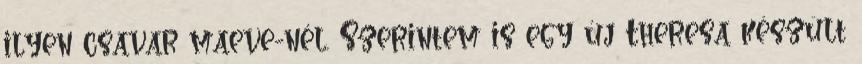
ilyen csavar maeve-nél. Szerintem is egy új Theresa készült